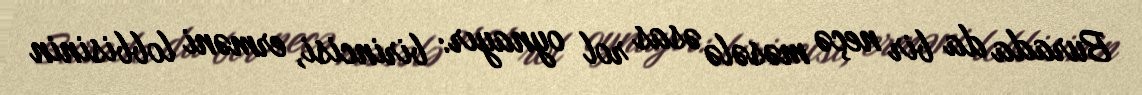
Burada da bir neçə məsələ əsas rol oynayır: birincisi, erməni lobbisinin